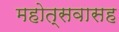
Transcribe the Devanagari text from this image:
महोत्सवासह